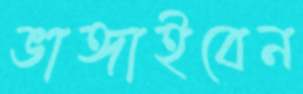
ভাঙ্গাইবেন